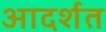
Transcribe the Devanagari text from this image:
आदर्शत